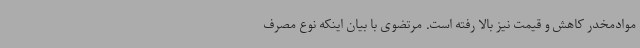
موادمخدر کاهش و قیمت نیز بالا رفته است. مرتضوی با بیان اینکه نوع مصرف